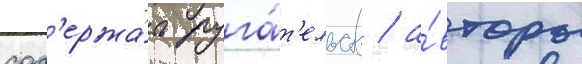
сод'ержа́ть руга́т'ельств / а́вторы